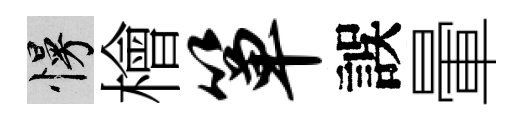
慢檜箪誤暈